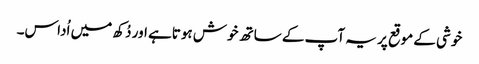
خوشی کے موقع پر یہ آپ کے ساتھ خوش ہوتاہے اور دُکھ میں اُداس۔